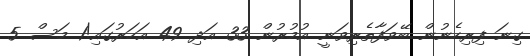
ގިނަ ފިރިހެނުން ބޭވަފާތެރިވަނީ އުމުރުން 33 އަދި 49 އަހަރުގައި!1 މަސް 5